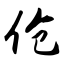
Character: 伧